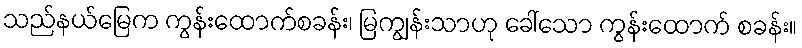
သည်နယ်မြေက ကွန်းထောက်စခန်း၊ မြကျွန်းသာဟု ခေါ်သော ကွန်းထောက် စခန်း။